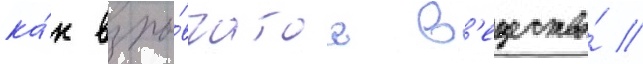
ка́к взры́вчатое в'ещество́ //